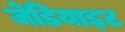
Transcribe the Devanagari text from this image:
जेडियाइट